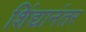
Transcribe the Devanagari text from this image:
शिंद्यानंतर